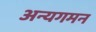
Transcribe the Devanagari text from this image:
अन्यगमन